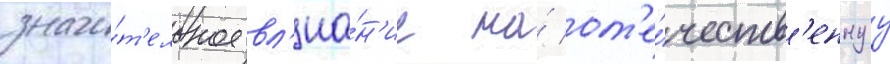
значи́т'ельное вл'иа́н'ие на́ от'е́честв'еннуу